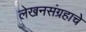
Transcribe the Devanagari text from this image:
लेखनसंग्रहाचे